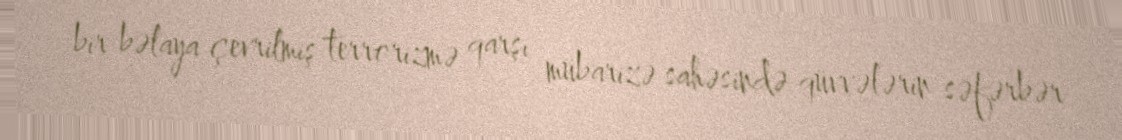
bir bəlaya çevrilmiş terrorizmə qarşı mübarizə sahəsində qüvvələrin səfərbər